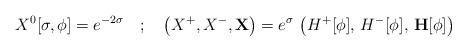
LaTeX: \begin{align*}X^0[\sigma,\phi] = e^{-2\sigma} \quad ; \quad \left( X^+,X^-,\mathbf{X}\right) = e^{\sigma} \, \left( H^+[\phi], \, H^-[\phi],\, \mathbf{H}[\phi] \right )\end{align*}